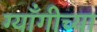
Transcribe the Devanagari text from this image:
ग्याँगीच्या